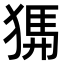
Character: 𤟨